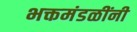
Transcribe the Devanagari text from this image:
भक्तमंडळींनी